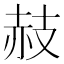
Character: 𧹛